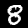
Digit: 8